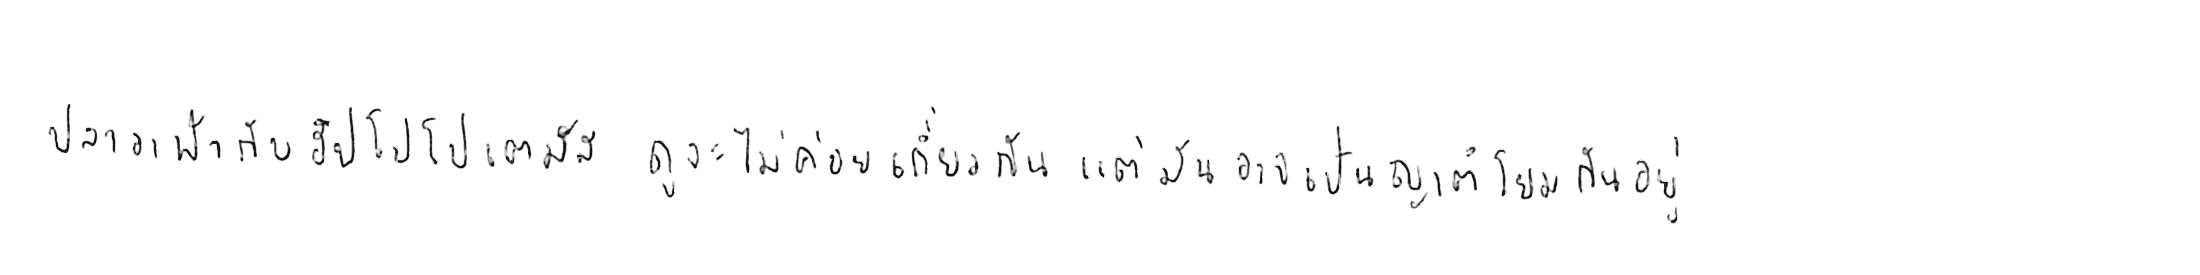
ปลาวาฬ กับ ฮิปโปโปเตมัส ดูจะไม่ค่อยเกี่ยวกัน แต่มันอาจเป็นญาติโยมกันอยู่